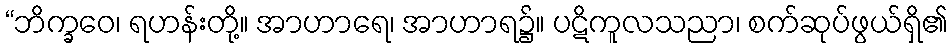
“ဘိက္ခဝေ၊ ရဟန်းတို့။ အာဟာရေ၊ အာဟာရ၌။ ပဋိကူလသညာ၊ စက်ဆုပ်ဖွယ်ရှိ၏